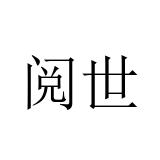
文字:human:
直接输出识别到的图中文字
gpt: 阅世